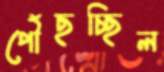
পৌঁছচ্ছিল